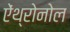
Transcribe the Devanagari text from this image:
ऐंथ्रोनोल